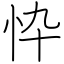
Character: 忰